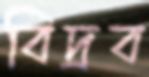
বিদ্রব